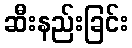
ဆီးနည်းခြင်း